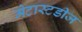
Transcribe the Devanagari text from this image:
मेटास्टडीज